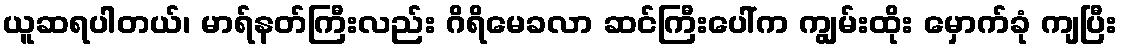
ယူဆရပါတယ်၊ မာရ်နတ်ကြီးလည်း ဂိရိမေခလာ ဆင်ကြီးပေါ်က ကျွမ်းထိုး မှောက်ခုံ ကျပြီး